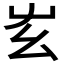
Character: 𡴁